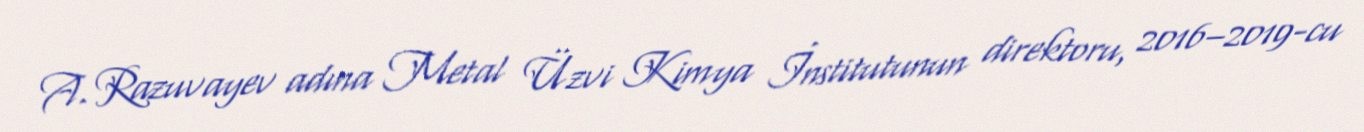
A. Razuvayev adına Metal Üzvi Kimya İnstitutunun direktoru, 2016–2019-cu